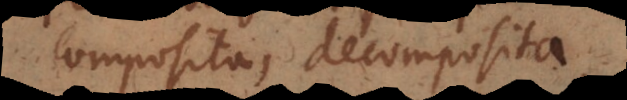
composita, decomposita.